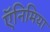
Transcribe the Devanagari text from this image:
ऍनिमिया